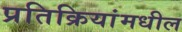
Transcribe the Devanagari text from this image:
प्रतिक्रियांमधील